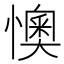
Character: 懊